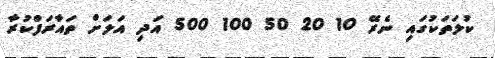
ކުލަތަކުގައި ނެރޭ 10 20 50 100 500 އަދި އަލަށް ތައާރަފްކުރާ